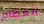
العظام